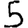
Digit: 5